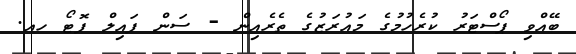
ބޭއްވި ޕޯސްޓަރު ކުރެހުމުގެ މައުރަޒުގެ ތެރެއިން - ސަން ފައިލް ފޮޓޯ ހއ.